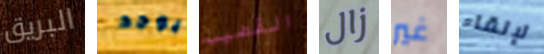
البريق يوجد القضيب زال غير لإلقاء